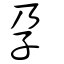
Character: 孕